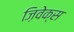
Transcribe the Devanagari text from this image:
ज़िवेक्स